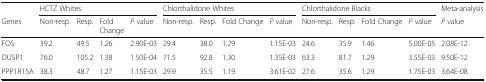
|  | <COLSPAN=4> HCTZ Whites | <COLSPAN=4> Chlorthalidone Whites | <COLSPAN=4> Chlorthalidone Blacks | Meta-analysis |
 | Genes | Non-resp. | Resp. | Fold Change | P value | Non-resp. | Resp. | Fold Change | P value | Non-resp. | Resp. | Fold Change | P value | P value |
 | --- | --- | --- | --- | --- | --- | --- | --- | --- | --- | --- | --- | --- | --- |
 | FOS | 39.2 | 49.5 | 1.26 | 2.90E-03 | 29.4 | 38.0 | 1.29 | 1.15E-03 | 24.6 | 35.9 | 1.46 | 5.00E-05 | 2.08E-12 |
 | DUSP1 | 76.0 | 105.2 | 1.38 | 1.50E-04 | 71.5 | 92.8 | 1.30 | 1.35E-03 | 63.3 | 81.7 | 1.29 | 3.55E-03 | 9.50E-12 |
 | PPP1R15A | 38.3 | 48.7 | 1.27 | 1.15E-03 | 29.9 | 35.5 | 1.19 | 3.61E-02 | 27.6 | 35.6 | 1.29 | 1.75E-03 | 3.64E-08 |